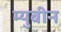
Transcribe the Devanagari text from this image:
म्युबीन